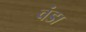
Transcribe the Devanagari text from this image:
वंडा